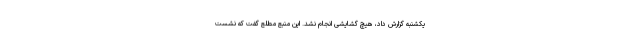
یکشنبه گزارش داد، هیچ گشایشی انجام نشد. این منبع مطلع گفت که نشست